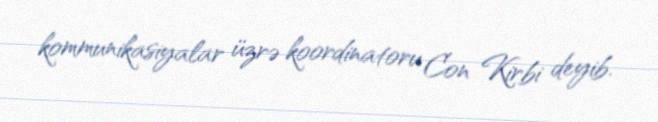
kommunikasiyalar üzrə koordinatoru Con Kirbi deyib.